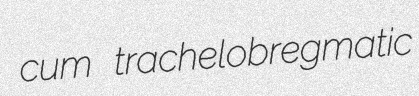
cum trachelobregmatic